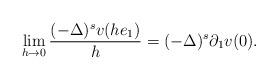
LaTeX: \begin{align*}\lim_{h\to 0 }\frac{(-\Delta)^sv(he_1)} h = (-\Delta)^s \partial_1 v(0). \end{align*}